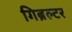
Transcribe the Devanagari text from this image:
गिब्रल्टर